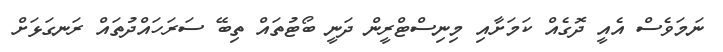
ނަމަވެސް އެއީ ދޮގެއް ކަމަށާއި މިނިސްޓްރީން ދަނީ ބޯޓުތައް ތިބޭ ސަރަހައްދުތައް ރަނގަޅަށް